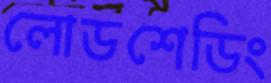
লোডশেডিং